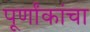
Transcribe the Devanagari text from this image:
पूर्णांकांचा